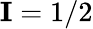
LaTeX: \textbf{I}=1/2